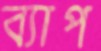
ব্যাপ